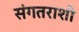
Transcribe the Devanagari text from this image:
संगतराशी